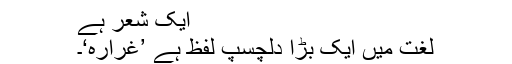
ایک شعر ہے
لغت میں ایک بڑا دلچسپ لفظ ہے ’غرارہ‘۔